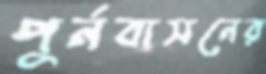
পুর্নবাসনের